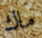
ماك